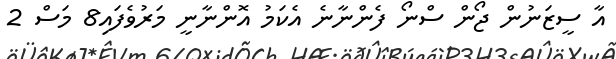
އާ ސީޒަނުން ޖޯން ސްނޯ ފެންނާނެ އެކަމު އޮންނާނީ މަރުވެފައި8 މަސް 2